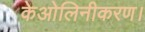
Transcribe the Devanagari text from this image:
केओलिनीकरण।